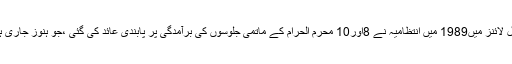
سیول لائنز میں1989 میں انتظامیہ نے 8اور10 محرم الحرام کے ماتمی جلوسوں کی برآمدگی پر پابندی عائد کی گئی ،جو ہنوز جاری ہے ۔